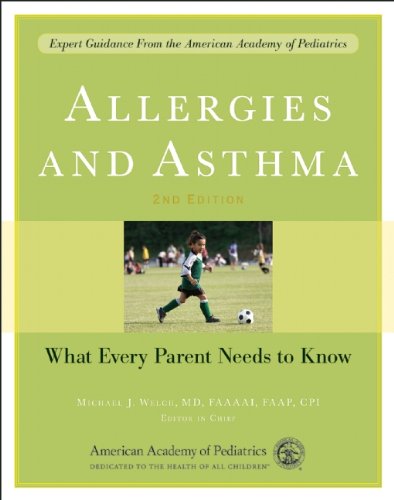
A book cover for Allergies and Asthma: What Every Parent Needs to Know; Health, Fitness & Dieting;